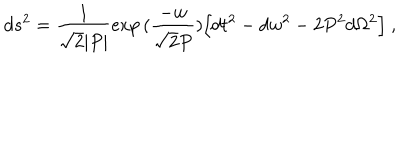
LaTeX: d s ^ { 2 } = { \frac { 1 } { \sqrt { 2 } | P | } } \mathrm { e x p } \, ( { \frac { - w } { \sqrt { 2 } P } } ) \Bigl [ d t ^ { 2 } - d w ^ { 2 } - 2 P ^ { 2 } d \Omega ^ { 2 } \Bigr ] \ ,